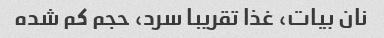
نان بیات، غذا تقریبا سرد، حجم کم شده